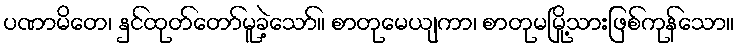
ပဏာမိတေ၊ နှင်ထုတ်တော်မူခဲ့သော်။ စာတုမေယျကာ၊ စာတုမမြို့သားဖြစ်ကုန်သော။